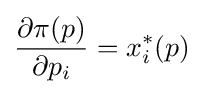
{\frac {\partial \pi (p)}{\partial p_{i}}}=x_{i}^{\ast }(p)